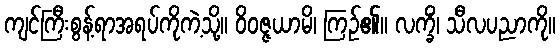
ကျင်ကြီးစွန့်ရာအရပ်ကိုကဲ့သို့။ ဝိဝဇ္ဇယာမိ၊ ကြဉ်၏။ လက္ခိံ၊ သီလပညာကို။